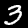
Label: 3